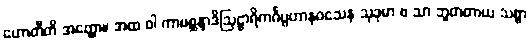
ဟောတီတိ အတ္ထော။ အထ ဝါ ကာမစ္ဆန္ဒာဒိဩဠာရိကင်္ဂပ္ပဟာနဝသေန သုခုမာ စ သာ ဘူတတာယ သစ္စာ